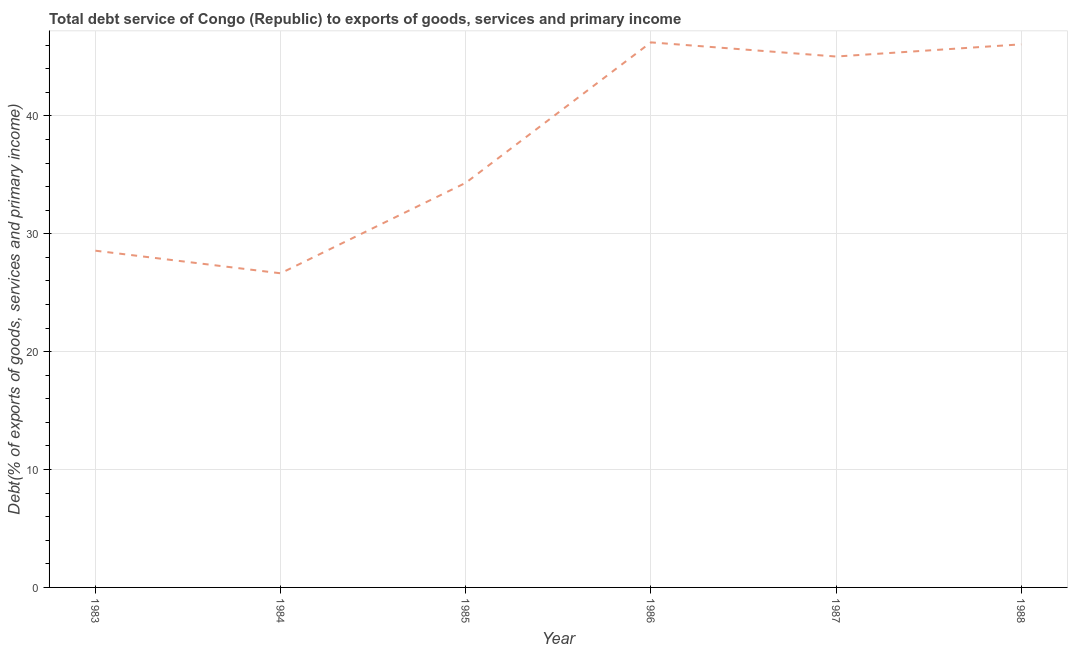
| Year | Total debt service |
 | --- | --- |
 | 1983 | 28.6 |
 | 1984 | 26.6 |
 | 1985 | 34.3 |
 | 1986 | 46.2 |
 | 1987 | 45 |
 | 1988 | 46.1 |